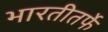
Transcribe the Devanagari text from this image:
भारतीतर्फे